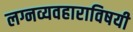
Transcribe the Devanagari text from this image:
लग्नव्यवहाराविषयी